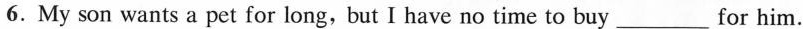
6.My son wants a pet for long,but I have no time to buy___for him.